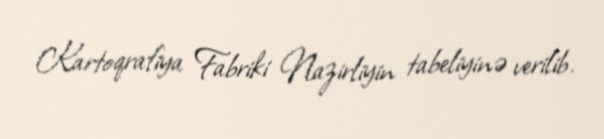
Kartoqrafiya Fabriki Nazirliyin tabeliyinə verilib.